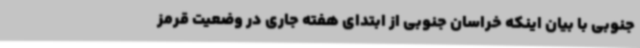
جنوبی با بیان اینکه خراسان جنوبی از ابتدای هفته جاری در وضعیت قرمز